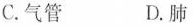
C.气管 D.肺